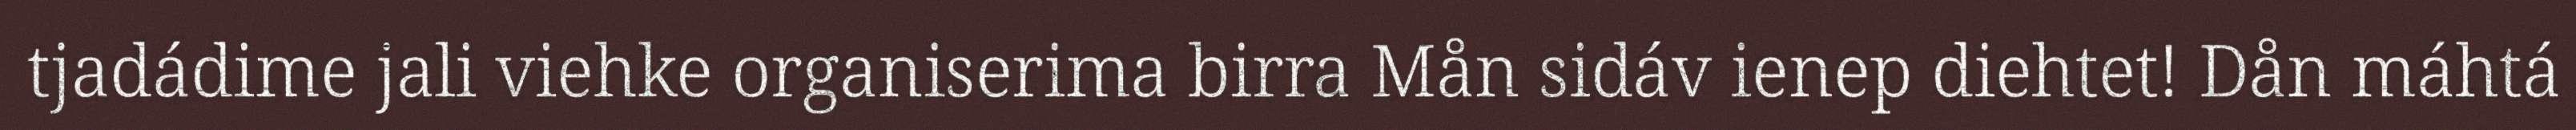
tjadádime jali viehke organiserima birra Mån sidáv ienep diehtet! Dån máhtá